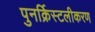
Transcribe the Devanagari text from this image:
पुनर्क्रिस्टलीकरण